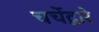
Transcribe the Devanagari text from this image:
चर्चेद्वारे